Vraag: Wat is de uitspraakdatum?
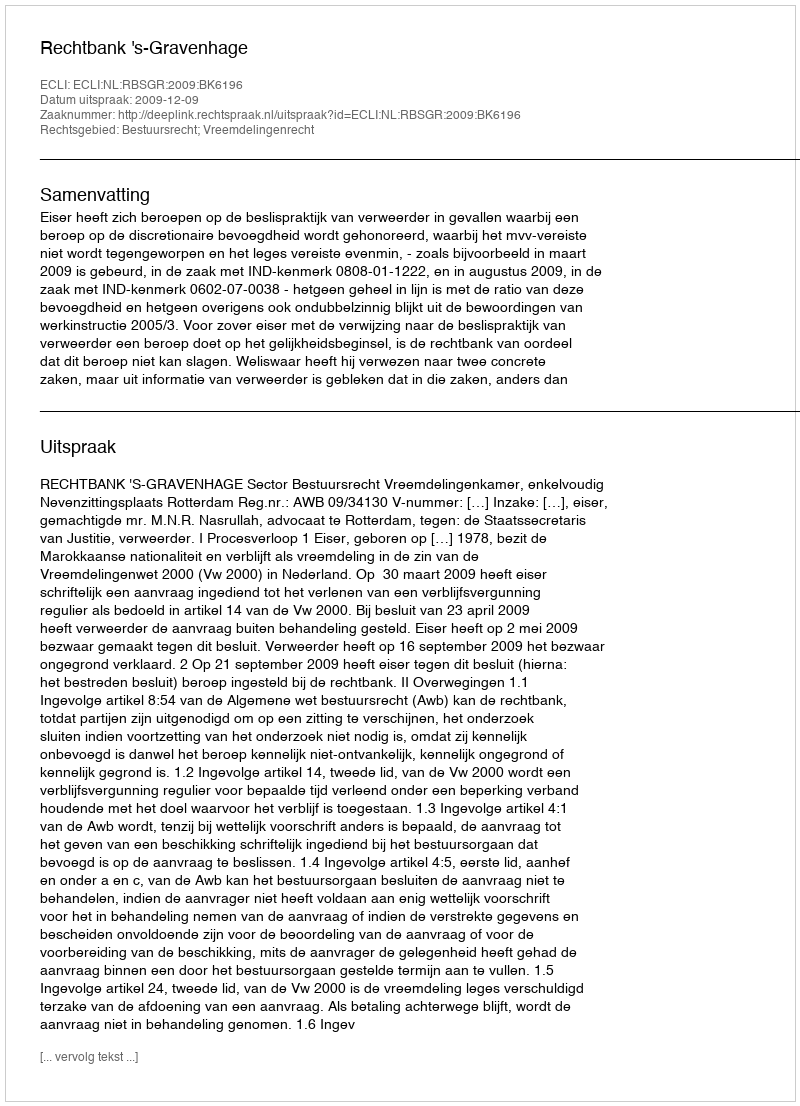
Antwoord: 2009-12-09